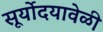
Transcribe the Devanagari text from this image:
सूर्योदयावेळी